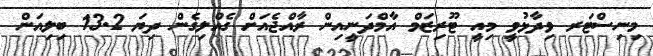
މިނިސްޓަރ ވިދާޅުވީ މިއީ ޓޫރިޒަމް އާމްދަނީއިން ރާއްޖެއަށް ގެއްލިގެން ދިޔަ 13.2 ބިލިއަން